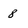
Character: 8